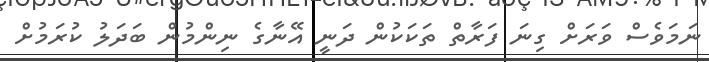
ނަމަވެސް ވަރަށް ގިނަ ފަރާތް ތަކަކުން ދަނީ އޭނާގެ ނިންމުން ބަދަލު ކުރަމުށް